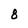
Character: 8